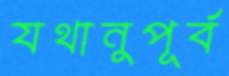
যথানুপূর্ব